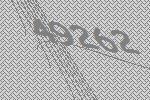
49262